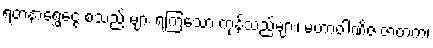
ရတနာရွှေငွေ စသည် များ ရကြသော ကုန်သည်များ၊ မဟာဝါဏိဇ ဇာတက၊